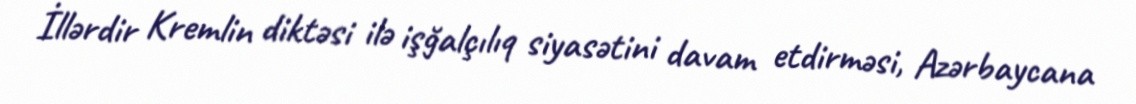
İllərdir Kremlin diktəsi ilə işğalçılıq siyasətini davam etdirməsi, Azərbaycana